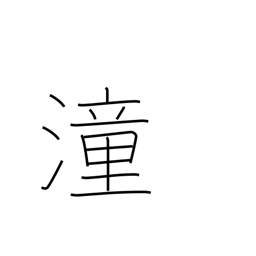
Meaning: high